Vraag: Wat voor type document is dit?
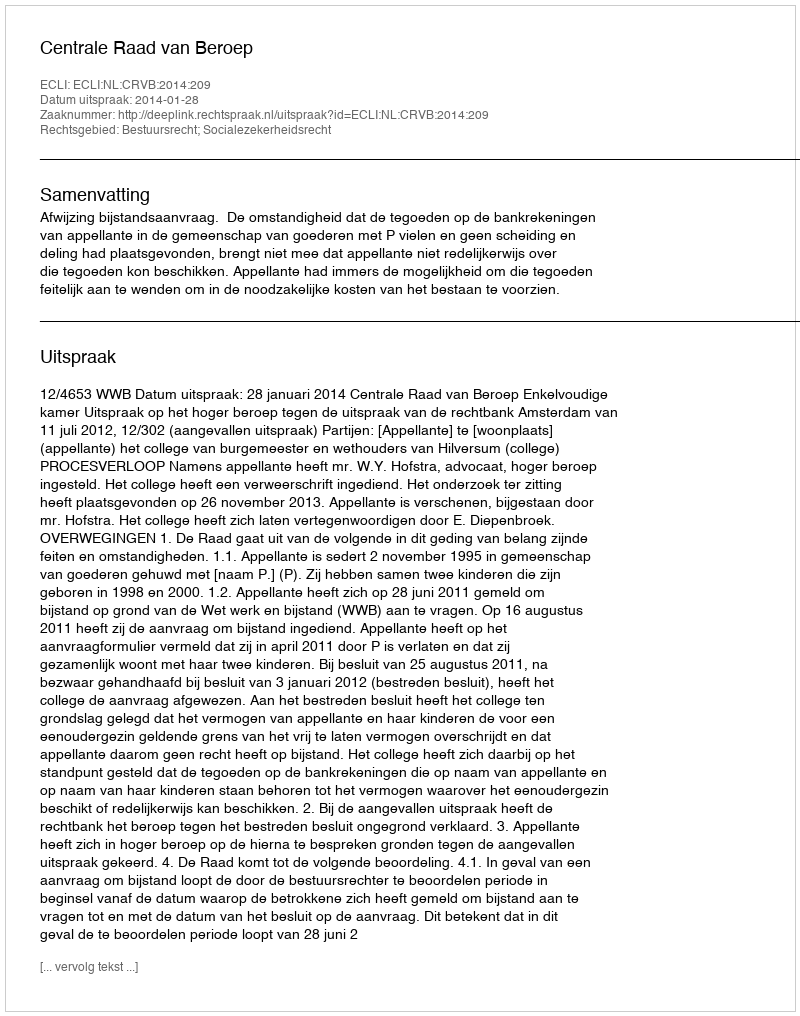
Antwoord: Uitspraak